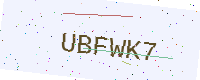
Text: UBFWK7